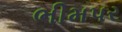
ભીમપર